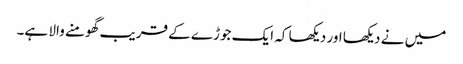
میں نے دیکھا اور دیکھا کہ ایک جوڑے کے قریب گھومنے والا ہے۔